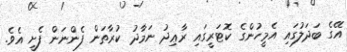
އޭގެ ބަދަލުގައި އެމީހުންގެ ކޮޓަރީގައި ރާޢިދު ނަމާދު ކުރާތަން ފެންނަން ފެށީ އެވެ.